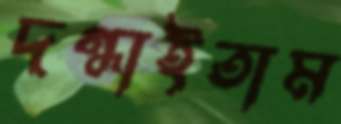
দগ্ধাইতাম